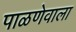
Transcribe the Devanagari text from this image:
पाळणेवाला